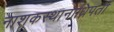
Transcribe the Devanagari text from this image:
नाशकस्थानाधिपती